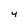
Character: 4